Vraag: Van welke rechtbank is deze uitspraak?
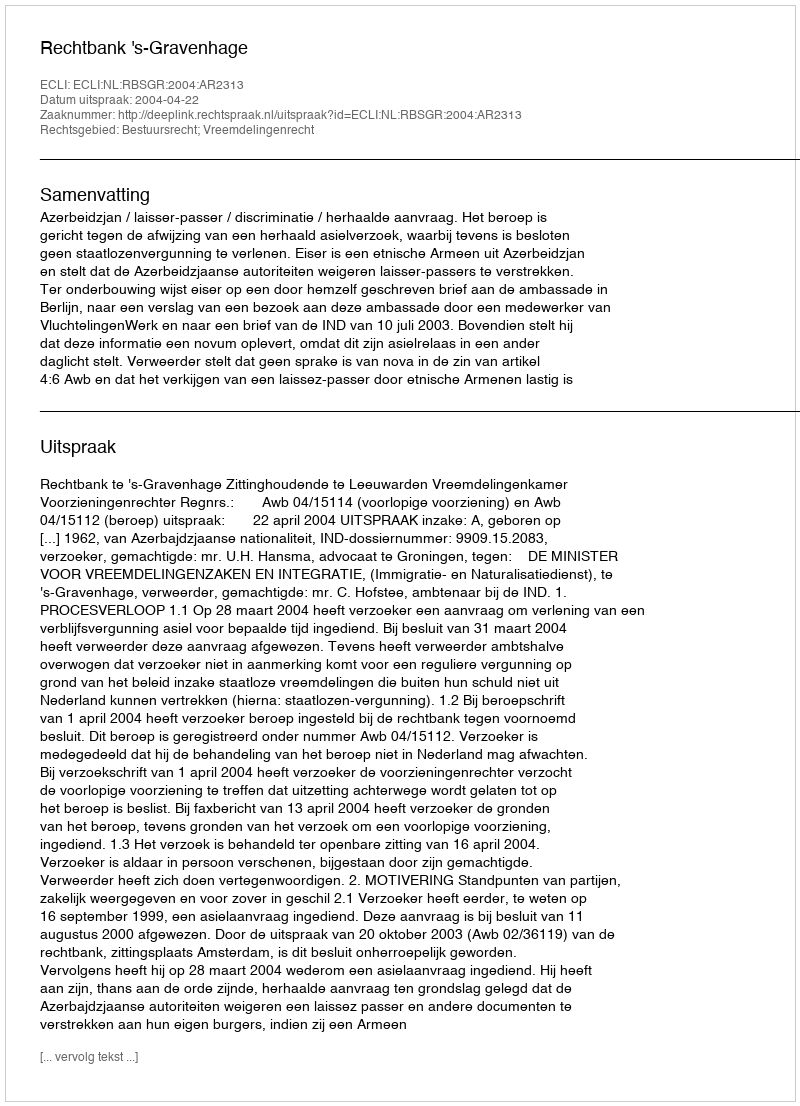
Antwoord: Rechtbank 's-Gravenhage